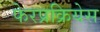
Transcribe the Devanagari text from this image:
फेरप्रक्रियेस